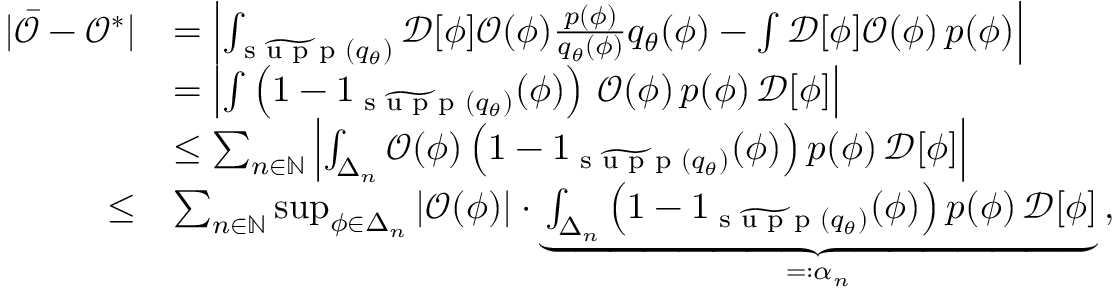
\begin{array} { r l } { \vert \bar { \mathcal { O } } - \mathcal { O } ^ { * } \vert } & { = \left\vert \int _ { \widetilde { \textrm { s u p p } } ( { q } _ { \theta } ) } \mathcal { D } [ \phi ] \mathcal { O } ( \phi ) \frac { p ( \phi ) } { q _ { \theta } ( \phi ) } q _ { \theta } ( \phi ) - \int \mathcal { D } [ \phi ] \mathcal { O } ( \phi ) \, p ( \phi ) \right\vert } \\ & { = \left\vert \int \left( 1 - 1 _ { \widetilde { \textrm { s u p p } } ( { q } _ { \theta } ) } ( \phi ) \right) \, \mathcal { O } ( \phi ) \, p ( \phi ) \, \mathcal { D } [ \phi ] \right\vert \, } \\ & { \leq \sum _ { n \in \mathbb { N } } \left\vert \int _ { \Delta _ { n } } \mathcal { O } ( \phi ) \left( 1 - 1 _ { \widetilde { \textrm { s u p p } } ( { q } _ { \theta } ) } ( \phi ) \right) p ( \phi ) \, \mathcal { D } [ \phi ] \right\vert } \\ { \leq } & { \sum _ { n \in \mathbb { N } } \operatorname* { s u p } _ { \phi \in \Delta _ { n } } \left\vert \mathcal { O } ( \phi ) \right\vert \cdot \underbrace { \int _ { \Delta _ { n } } \left( 1 - 1 _ { \widetilde { \textrm { s u p p } } ( { q } _ { \theta } ) } ( \phi ) \right) p ( \phi ) \, \mathcal { D } [ \phi ] } _ { = : \alpha _ { n } } \, , } \end{array}